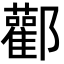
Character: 酄